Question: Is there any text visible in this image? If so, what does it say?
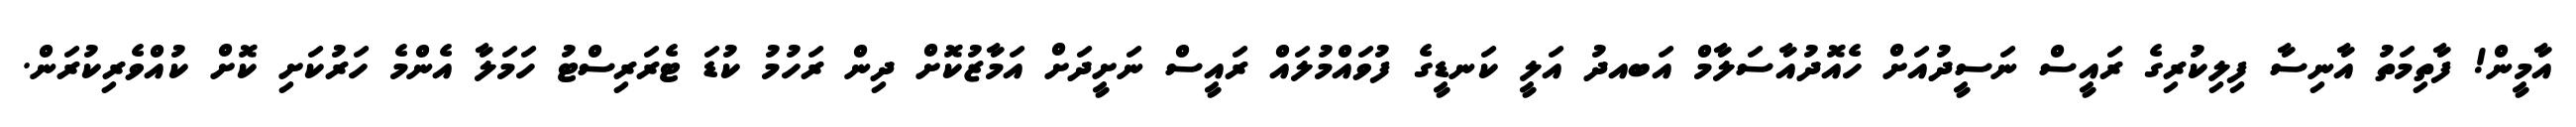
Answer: އާމީން! ފާތިމަތު އާނިސާ ފިލިކުރިގެ ރައީސް ނަސީދުއަށް ހެއޮދުއާސަލާމް އަބއދު އަލީ ކަނޑީގެ ފުވައްމުލައް ރައީސް ނަށީދަށް އަމާޒުކޮށް ދިން ރަހުމު ކުޑަ ޓެރަރިސްޓު ހަމަލާ އެންމެ ހަރުކަށި ކޮށް ކުއްވެރިކުރަން.